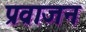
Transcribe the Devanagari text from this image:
प्रव्राजन